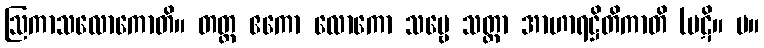
ဩကာသလောကောတိ။ တတ္ထ ဧကော လောကော သဗ္ဗေ သတ္တာ အာဟာရဋ္ဌိတိကာတိ (ပဋိ။ မ။